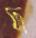
দ